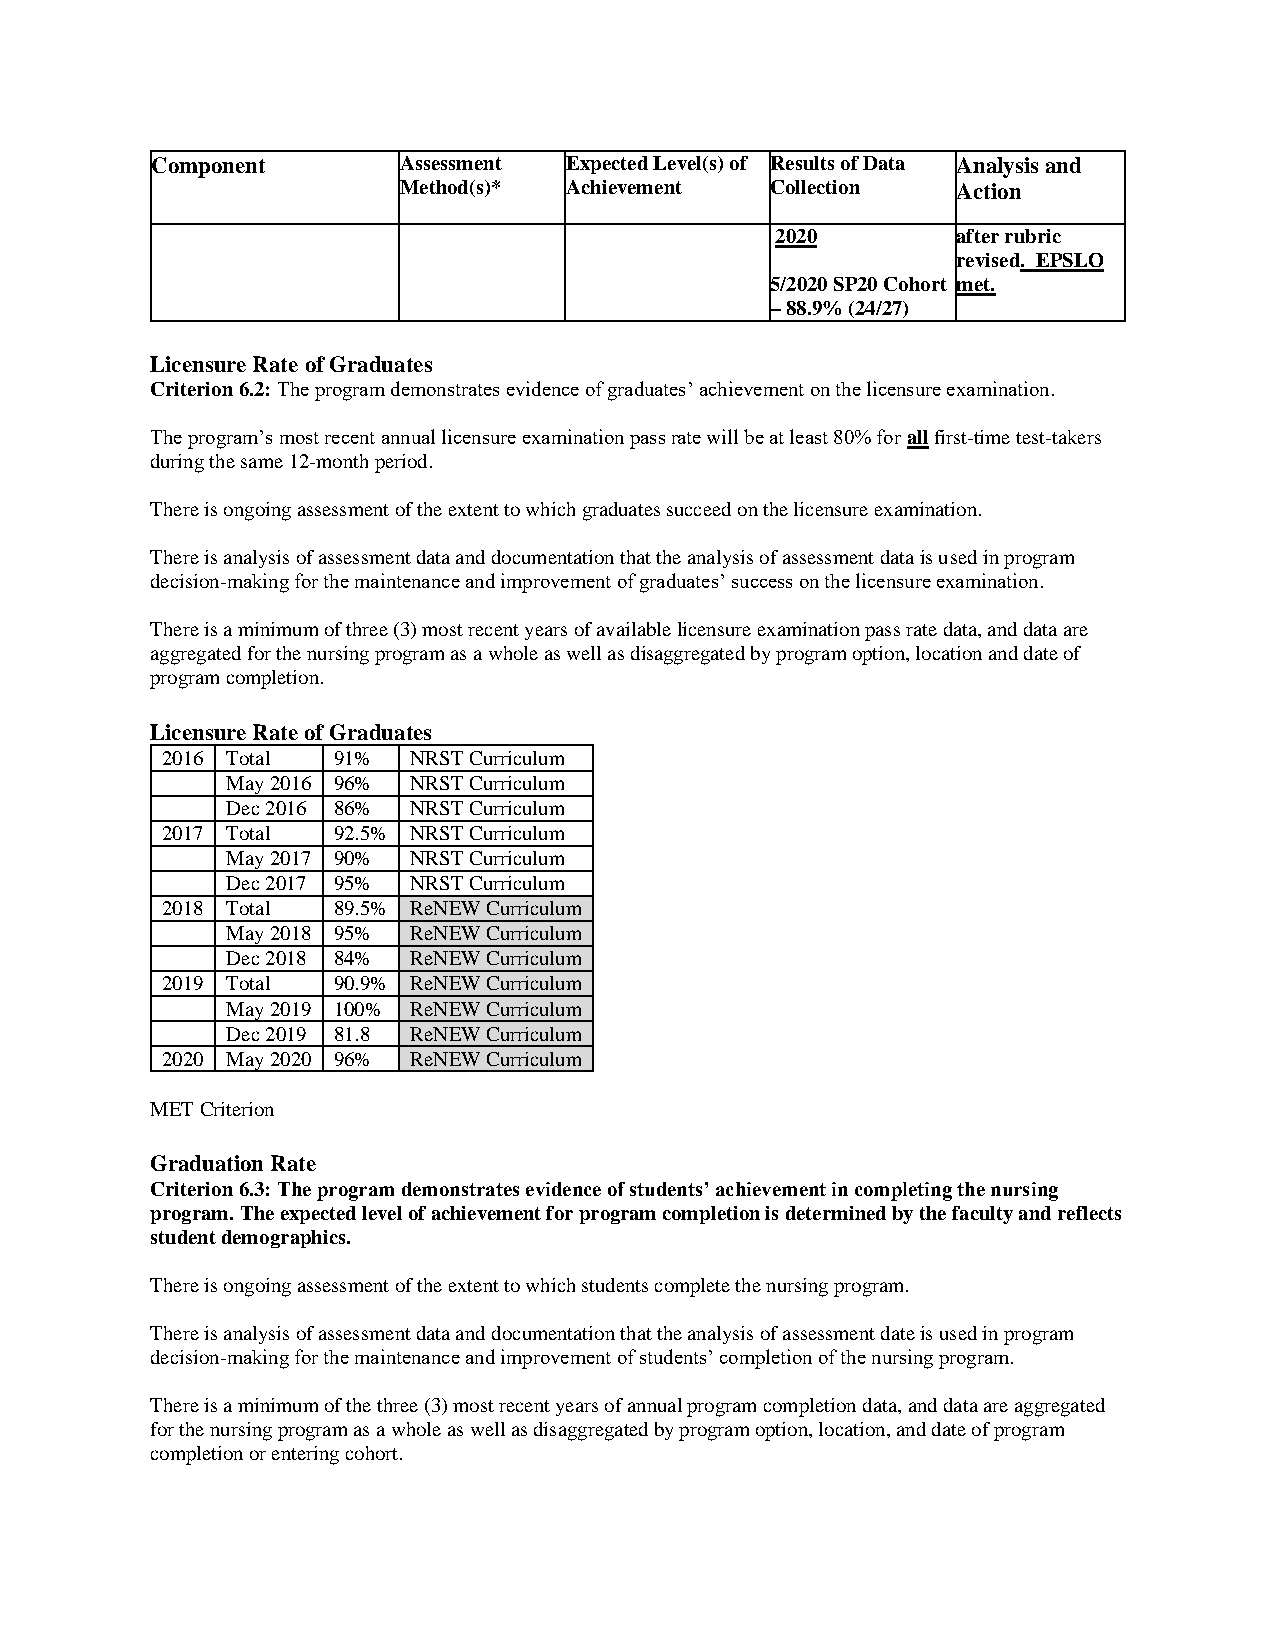
Component       Assessment Expected Level(s) of Results of Data Analysis and
 Method(s)* Achievement   Collection  Action
 2020        after rubric
 revised. EPSLO
 5/2020 SP20 Cohort met.
 – 88.9% (24/27)
 Licensure Rate of Graduates
 Criterion 6.2: The program demonstrates evidence of graduates’ achievement on the licensure examination.
 The program’s most recent annual licensure examination pass rate will be at least 80% for all first-time test-takers
 during the same 12-month period.
 There is ongoing assessment of the extent to which graduates succeed on the licensure examination.
 There is analysis of assessment data and documentation that the analysis of assessment data is used in program
 decision-making for the maintenance and improvement of graduates’ success on the licensure examination.
 There is a minimum of three (3) most recent years of available licensure examination pass rate data, and data are
 aggregated for the nursing program as a whole as well as disaggregated by program option, location and date of
 program completion.
 Licensure Rate of Graduates
 2016 Total 91%  NRST Curriculum
 May 2016 96% NRST Curriculum
 Dec 2016 86% NRST Curriculum
 2017 Total 92.5% NRST Curriculum
 May 2017 90% NRST Curriculum
 Dec 2017 95% NRST Curriculum
 2018 Total 89.5% ReNEW Curriculum
 May 2018 95% ReNEW Curriculum
 Dec 2018 84% ReNEW Curriculum
 2019 Total 90.9% ReNEW Curriculum
 May 2019 100% ReNEW Curriculum
 Dec 2019 81.8 ReNEW Curriculum
 2020 May 2020 96% ReNEW Curriculum
 MET Criterion
 Graduation Rate
 Criterion 6.3: The program demonstrates evidence of students’ achievement in completing the nursing
 program. The expected level of achievement for program completion is determined by the faculty and reflects
 student demographics.
 There is ongoing assessment of the extent to which students complete the nursing program.
 There is analysis of assessment data and documentation that the analysis of assessment date is used in program
 decision-making for the maintenance and improvement of students’ completion of the nursing program.
 There is a minimum of the three (3) most recent years of annual program completion data, and data are aggregated
 for the nursing program as a whole as well as disaggregated by program option, location, and date of program
 completion or entering cohort.